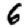
Digit: 6